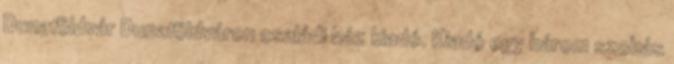
Dunaföldvár Dunaföldváron családi ház kiadó. Kiadó egy három szobás